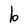
Character: b